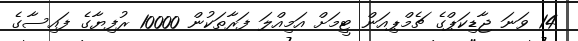
14 ވަނަ ޖާޑިކަޕްގެ ޗެމްޕިއަން ޓީމަށް އަމިއްލަ ފަރާތަކުން 10000 ރުފިޔާގެ ފައިސާގެ